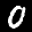
Label: 0